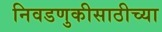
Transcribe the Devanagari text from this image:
निवडणुकीसाठीच्या